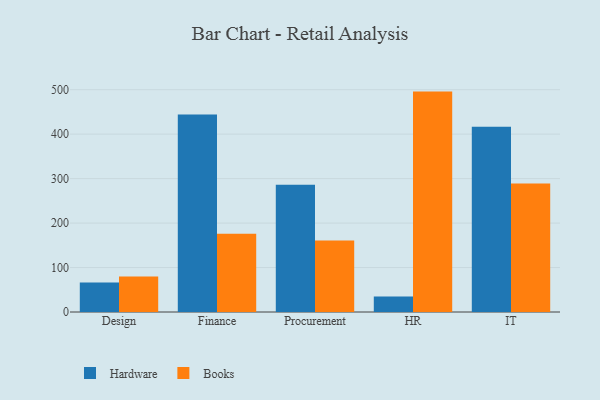
{"axis": {"x": "Department", "y": "Net Income (USD K)"}, "legend": ["Books", "Hardware"], "data": [{"x": "Design", "y": 66.4, "type": "Hardware"}, {"x": "Design", "y": 80.1, "type": "Books"}, {"x": "Finance", "y": 444.4, "type": "Hardware"}, {"x": "Finance", "y": 176.1, "type": "Books"}, {"x": "Procurement", "y": 286.3, "type": "Hardware"}, {"x": "Procurement", "y": 160.9, "type": "Books"}, {"x": "HR", "y": 34.8, "type": "Hardware"}, {"x": "HR", "y": 495.7, "type": "Books"}, {"x": "IT", "y": 416.9, "type": "Hardware"}, {"x": "IT", "y": 289.2, "type": "Books"}]}